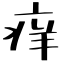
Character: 痒